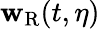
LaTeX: \mathbf{w}_{\mathrm{{R}}}(t,\eta)